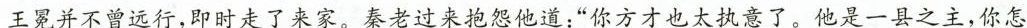
王冕并不曾远行，即时走了来家。秦老过来抱怨他道：”你方才也太执意了，他是一县之主，你怎